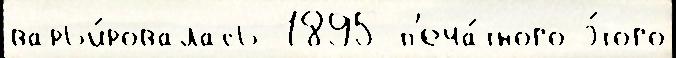
варьи́ровалась 1895 п'еча́тного э́того